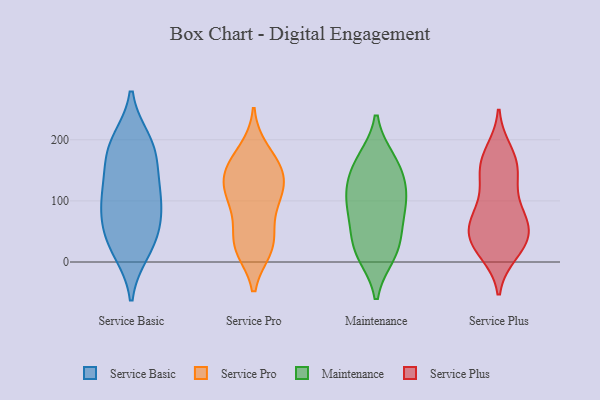
{"axis": {"x": "Inventory Turnover", "y": "Value"}, "legend": ["Maintenance", "Service Basic", "Service Plus", "Service Pro"], "data": [{"x": "", "y": 54, "type": "Service Basic"}, {"x": "", "y": 84, "type": "Service Basic"}, {"x": "", "y": 171, "type": "Service Basic"}, {"x": "", "y": 180, "type": "Service Basic"}, {"x": "", "y": 103, "type": "Service Basic"}, {"x": "", "y": 18, "type": "Service Basic"}, {"x": "", "y": 124, "type": "Service Basic"}, {"x": "", "y": 23, "type": "Service Basic"}, {"x": "", "y": 130, "type": "Service Basic"}, {"x": "", "y": 88, "type": "Service Basic"}, {"x": "", "y": 198, "type": "Service Basic"}, {"x": "", "y": 195, "type": "Service Basic"}, {"x": "", "y": 45, "type": "Service Basic"}, {"x": "", "y": 181, "type": "Service Pro"}, {"x": "", "y": 31, "type": "Service Pro"}, {"x": "", "y": 101, "type": "Service Pro"}, {"x": "", "y": 164, "type": "Service Pro"}, {"x": "", "y": 146, "type": "Service Pro"}, {"x": "", "y": 128, "type": "Service Pro"}, {"x": "", "y": 32, "type": "Service Pro"}, {"x": "", "y": 142, "type": "Service Pro"}, {"x": "", "y": 28, "type": "Service Pro"}, {"x": "", "y": 100, "type": "Service Pro"}, {"x": "", "y": 94, "type": "Service Pro"}, {"x": "", "y": 142, "type": "Service Pro"}, {"x": "", "y": 23, "type": "Service Pro"}, {"x": "", "y": 85, "type": "Maintenance"}, {"x": "", "y": 114, "type": "Maintenance"}, {"x": "", "y": 93, "type": "Maintenance"}, {"x": "", "y": 19, "type": "Maintenance"}, {"x": "", "y": 145, "type": "Maintenance"}, {"x": "", "y": 166, "type": "Maintenance"}, {"x": "", "y": 58, "type": "Maintenance"}, {"x": "", "y": 163, "type": "Maintenance"}, {"x": "", "y": 25, "type": "Maintenance"}, {"x": "", "y": 113, "type": "Maintenance"}, {"x": "", "y": 13, "type": "Maintenance"}, {"x": "", "y": 48, "type": "Service Plus"}, {"x": "", "y": 146, "type": "Service Plus"}, {"x": "", "y": 36, "type": "Service Plus"}, {"x": "", "y": 68, "type": "Service Plus"}, {"x": "", "y": 94, "type": "Service Plus"}, {"x": "", "y": 123, "type": "Service Plus"}, {"x": "", "y": 39, "type": "Service Plus"}, {"x": "", "y": 156, "type": "Service Plus"}, {"x": "", "y": 152, "type": "Service Plus"}, {"x": "", "y": 173, "type": "Service Plus"}, {"x": "", "y": 59, "type": "Service Plus"}, {"x": "", "y": 68, "type": "Service Plus"}, {"x": "", "y": 15, "type": "Service Plus"}, {"x": "", "y": 22, "type": "Service Plus"}, {"x": "", "y": 181, "type": "Service Plus"}, {"x": "", "y": 24, "type": "Service Plus"}, {"x": "", "y": 74, "type": "Service Plus"}]}